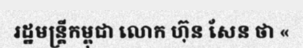
រដ្ឋមន្ត្រីកម្ពុជា លោក ហ៊ុន សែន ថា «